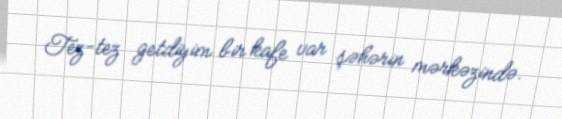
Tez-tez getdiyim bir kafe var şəhərin mərkəzində.